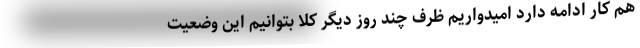
هم کار ادامه دارد امیدواریم ظرف چند روز دیگر کلاً بتوانیم این وضعیت